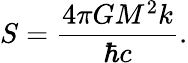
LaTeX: S={\frac{4\pi GM^{2}k}{\hbar c}}.